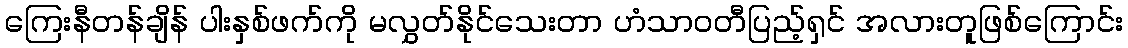
ကြေးနီတန်ချိန် ပါးနှစ်ဖက်ကို မလွှတ်နိုင်သေးတာ ဟံသာဝတီပြည့်ရှင် အလားတူဖြစ်ကြောင်း